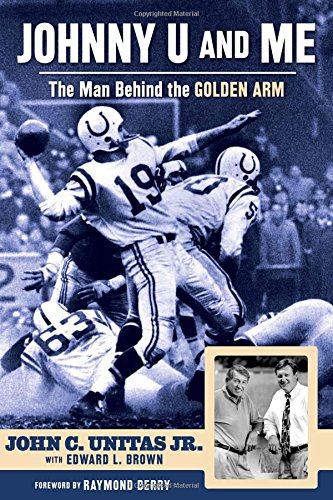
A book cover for Johnny U and Me: The Man Behind the Golden Arm; John C. Unitas Jr.; Biographies & Memoirs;